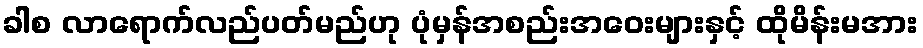
ခါစ လာရောက်လည်ပတ်မည်ဟု ပုံမှန်အစည်းအဝေးများနှင့် ထိုမိန်းမအား